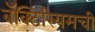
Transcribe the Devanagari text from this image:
बॅक्टिरियमची